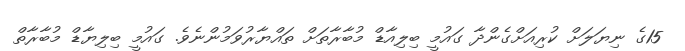
15ގެ ނިޔަލަށް ކުރިއަށްގެންދާ ގައުމީ ބިލިއާޑް މުބާރާތަށް ތައްޔާރުވަމުންނެވެ. ގައުމީ ބިލިޔާޑް މުބާރާތް